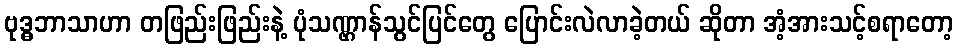
ဗုဒ္ဓဘာသာဟာ တဖြည်းဖြည်းနဲ့ ပုံသဏ္ဌာန်သွင်ပြင်တွေ ပြောင်းလဲလာခဲ့တယ် ဆိုတာ အံ့အားသင့်စရာတော့